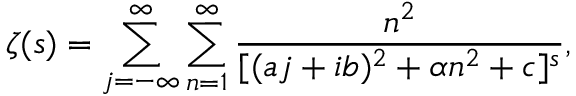
\zeta ( s ) = \sum _ { j = - \infty } ^ { \infty } \sum _ { n = 1 } ^ { \infty } { \frac { n ^ { 2 } } { [ ( a j + i b ) ^ { 2 } + \alpha n ^ { 2 } + c ] ^ { s } } } ,